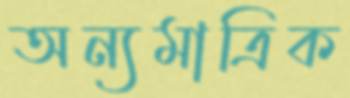
অন্যমাত্রিক